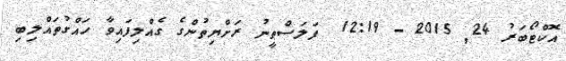
އޮކްޓޯބަރު 24